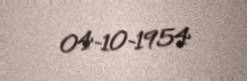
04-10-1954